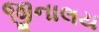
જીનાલય